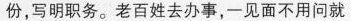
份，写明职务。老百姓去办事，一见面不用问就